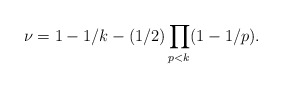
\begin{align*}\nu=1-1/k-(1/2)\prod_{p<k}(1-1/p).\end{align*}